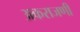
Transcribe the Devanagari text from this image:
अकराजणी